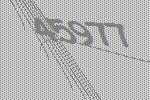
45977